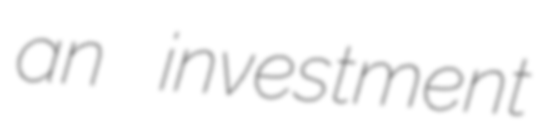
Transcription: an investment